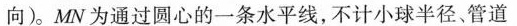
向)。MN为通过圆心的一条水平线，不计小球半径。管道